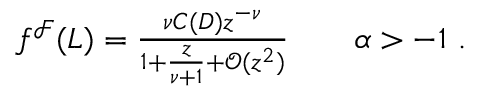
\begin{array} { r } { f ^ { \mathcal { F } } ( L ) = \frac { \nu C ( D ) z ^ { - \nu } } { 1 + \frac { z } { \nu + 1 } + \mathcal { O } ( z ^ { 2 } ) } \qquad \alpha > - 1 \ . } \end{array}